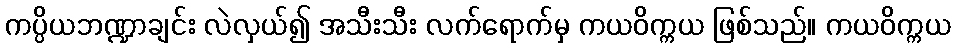
ကပ္ပိယဘဏ္ဍာချင်း လဲလှယ်၍ အသီးသီး လက်ရောက်မှ ကယဝိက္ကယ ဖြစ်သည်။ ကယဝိက္ကယ